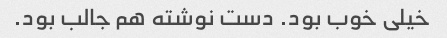
خیلی خوب بود. دست نوشته هم جالب بود.